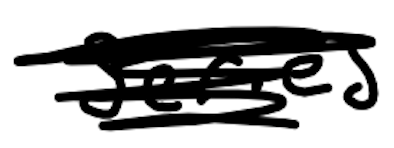
Text: series
Cross-out: mix
Writing tool: digital_black